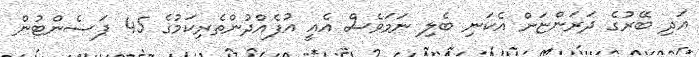
އަދި ބޭރުގެ ދަރަންޏަށް އެކަނި ބެލި ނަމަވެސް އެއީ އުފެއްދުންތެރިކަމުގެ 45 ޕަސެންޓުން